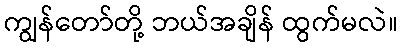
ကျွန်တော်တို့ ဘယ်အချိန် ထွက်မလဲ။